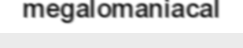
megalomaniacal